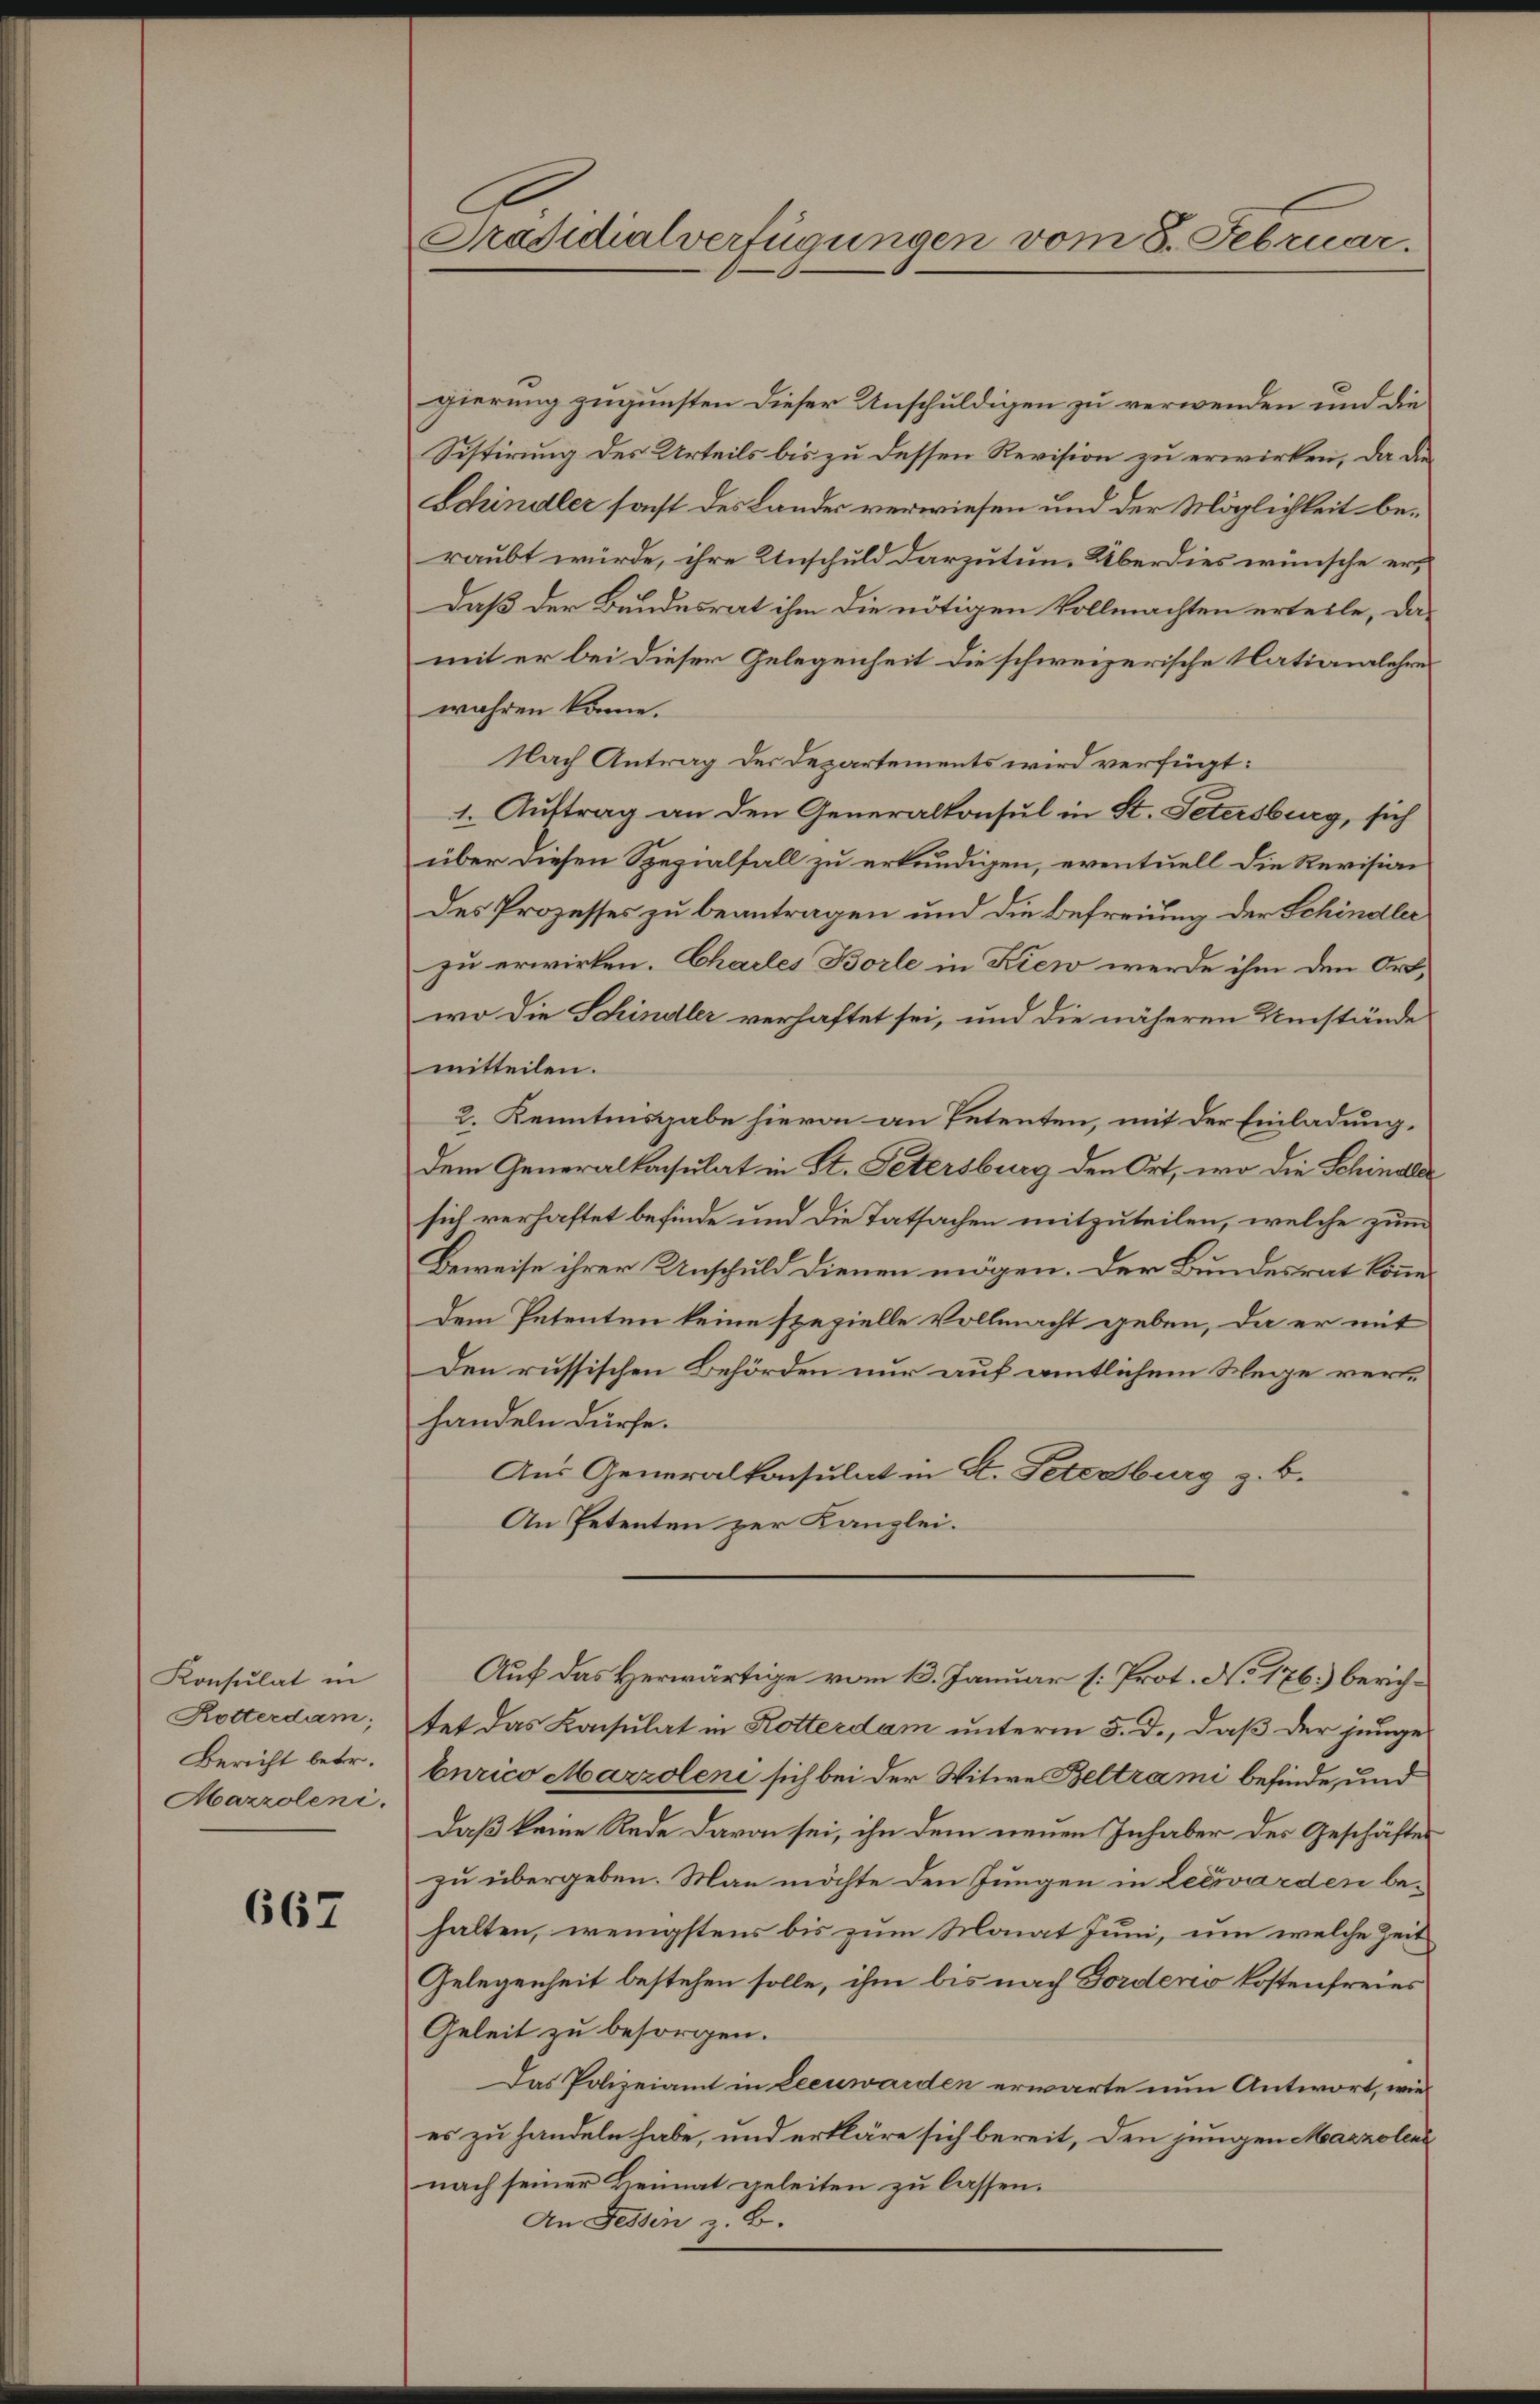
Konsulat in
Rotterdam,
Bericht betr.
Mazroleni.

667

Präsidialverfügungen vom 8. Februar.

gierung zugunsten dieser Unschuldigen zu verwenden und die
Sistirung des Urteils bis zu dessen Revision zu erwirken, da die
Schindler sast des Lander verwiesen und der Möglichkeit beraubt würde, ihre Unschuld darzutun. Überdies wünsche er¬
Daß der Bundesrat ihm die nötigen Vollmachten erteile, damit er bei dieser Gelegenheit die schweizerische Nationalehre
wahren könne.
Nach Antrag der Departements wird verfügt:
1. Auftrag an den Generalkonsul in St. Petersburg, sich
über diesen Spezialfall zu erkundigen, eventuell die Revision
des Prozesses zu beantragen und die Befreiung der Schindler
zu erwirken. Charles Borle in Kiew werde ihm den Ortwo die Schindler verhaftet sei, und die näheren Umstände
mitteilen.
2. Kenntnisgabe hievon an Petenten, mit der Einladung.
dem Generalkonsulat in St. Petersburg den Ort, wo die Schindler
sich verhaftet befinde und die Tatsachen mitzuteilen, welche zum
Beweise ihrer Unschuld dienen mögen. Der Bundesrat könne
dem Petenten keine spezielle Vollmacht geben, da er mit
Den russischen Behörden nur auf amtlichem Wege verhandeln dürfe.
Aus Generalkonsulat in St. Petenburg z. B.
An Petenten zur Kanzlei.
Auf das Herwärtige vom 13. Januar (: Prot. No 176) berichtet das Konsulat in Rotterdam unterm 5. d., daß der junge
burico Marzoleni sich bei der Witwe Beltrami befinde, und
daß keine Rede davon sei, ihn dem neuen Inhaber des Geschäftes
zu übergeben. Man möchte den Jungen in Leewarden behalten, wenigstens bis zum Monat Juni, um welche Zeit
Gelegenheit bestehen solle, ihm bis nach Bordero kostenfreies
Geleit zu besorgen.
Das Polizeiamt in Leenwarden erwarte nun Antwort, wie
es zu handeln habe, und erkläre sich bereit, den jungen Mazzolenz
nach seiner Heimat geleiten zu lassen.
An Fessen z. B.